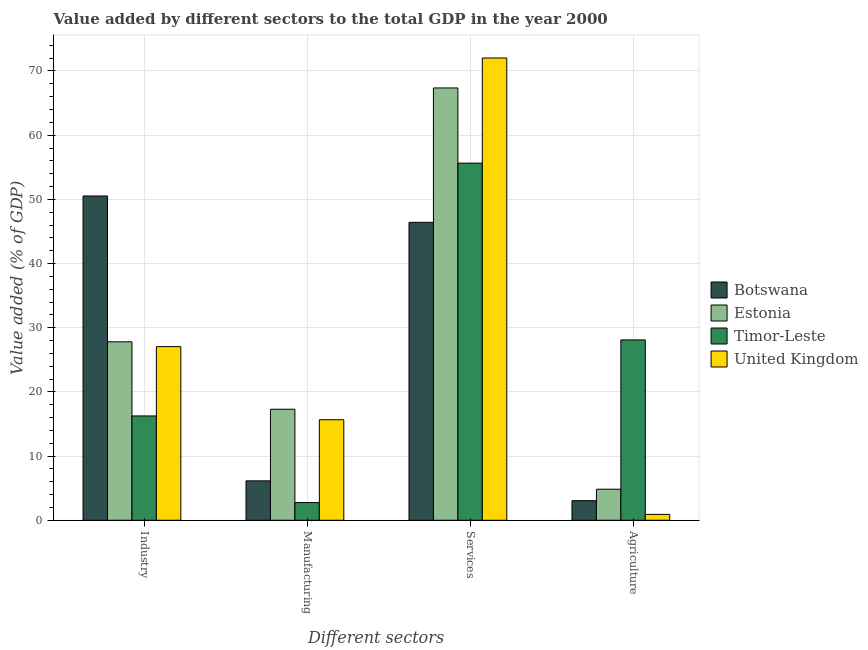
| Different sectors | Botswana | Estonia | Timor-Leste | United Kingdom |
 | --- | --- | --- | --- | --- |
 | Industry | 50.5 | 27.8 | 16.3 | 27.1 |
 | Manufacturing | 6.14 | 17.3 | 2.75 | 15.7 |
 | Services | 46.4 | 67.4 | 55.6 | 72 |
 | Agriculture | 3.05 | 4.84 | 28.1 | 0.917 |